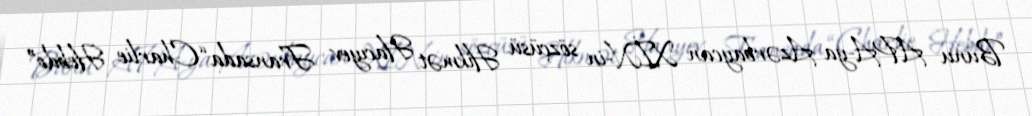
Bunu APA-ya Azərbaycan XİN-in sözçüsü Hikmət Hacıyev Fransada “Charlie Hebdo”